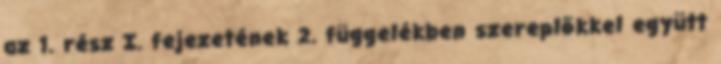
az 1. rész I. fejezetének 2. függelékben szereplõkkel együtt